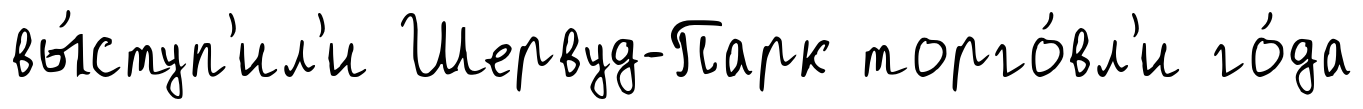
вы́ступ'ил'и Шервуд-Парк торго́вл'и го́да